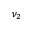
\nu _ { 2 }